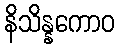
နိသိန္နကောဝ